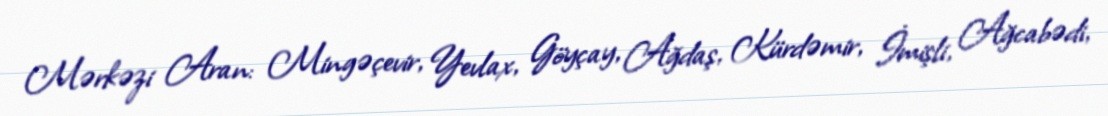
Mərkəzi Aran: Mingəçevir, Yevlax, Göyçay, Ağdaş, Kürdəmir, İmişli, Ağcabədi,